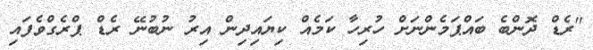
"ރެޑް ދޮންބެ ބައްޕަމެންނަށް ހުރިހާ ކަމެއް ކިޔައިދިން އިރު ނުބުނޭ ރެޑް ޕްރެގްވެފައި